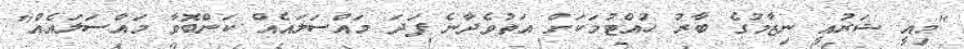
"މިއީ ޝަރުއީ ނިޒާމުގެ ބާރު ހުއްޓުމަކަށް އަތުވެދާނެ ފަދަ މައްސަލައެއް ކަންބޮވާ މައްސަލައެއް"